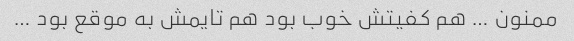
ممنون … هم کفیتش خوب بود هم تایمش به موقع بود …